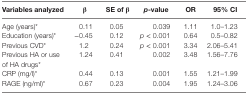
<table><thead><tr><td><b>Variables analyzed</b></td><td><b>β</b></td><td><b>SE of β</b></td><td><b><i>p</i>-value</b></td><td><b>OR</b></td><td><b>95% CI</b></td></tr></thead><tbody><tr><td>Age (years)*</td><td>0.11</td><td>0.05</td><td>0.039</td><td>1.11</td><td>1.0–1.23</td></tr><tr><td>Education (years)*</td><td>−0.45</td><td>0.12</td><td><i>p</i> &lt; 0.001</td><td>0.64</td><td>0.5–0.82</td></tr><tr><td>Previous CVD*</td><td>1.2</td><td>0.24</td><td><i>p</i> &lt; 0.001</td><td>3.34</td><td>2.06–5.41</td></tr><tr><td>Previous HA or use of HA drugs*</td><td>1.24</td><td>0.41</td><td>0.002</td><td>3.48</td><td>1.56–7.76</td></tr><tr><td>CRP (mg/l)*</td><td>0.44</td><td>0.13</td><td>0.001</td><td>1.55</td><td>1.21–1.99</td></tr><tr><td>RAGE (ng/ml)*</td><td>0.67</td><td>0.23</td><td>0.004</td><td>1.95</td><td>1.24–3.06</td></tr></tbody></table>